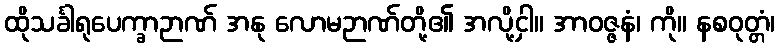
ထိုသင်္ခါရုပေက္ခာဉာဏ် အနု လောမဉာဏ်တို့၏ အလို့ငှါ။ အာဝဇ္ဇနံ၊ ကို။ နစဝုတ္တံ၊